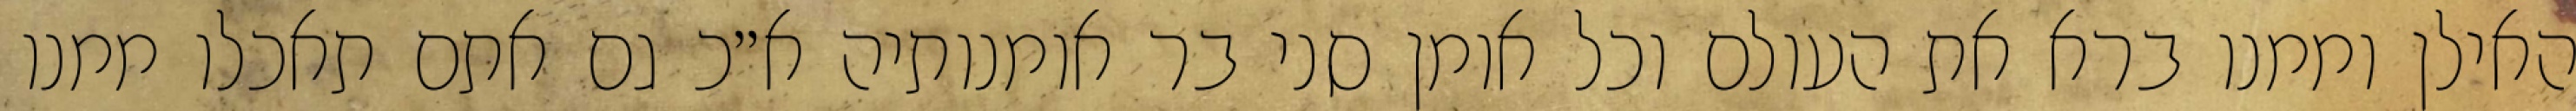
האילן וממנו ברא את העולם וכל אומן סני בר אומנותיה א״כ גם אתם תאכלו ממנו